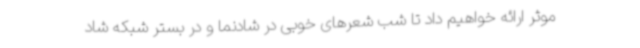
موثر ارائه خواهیم داد تا شب شعرهای خوبی در شادنما و در بستر شبکه شاد